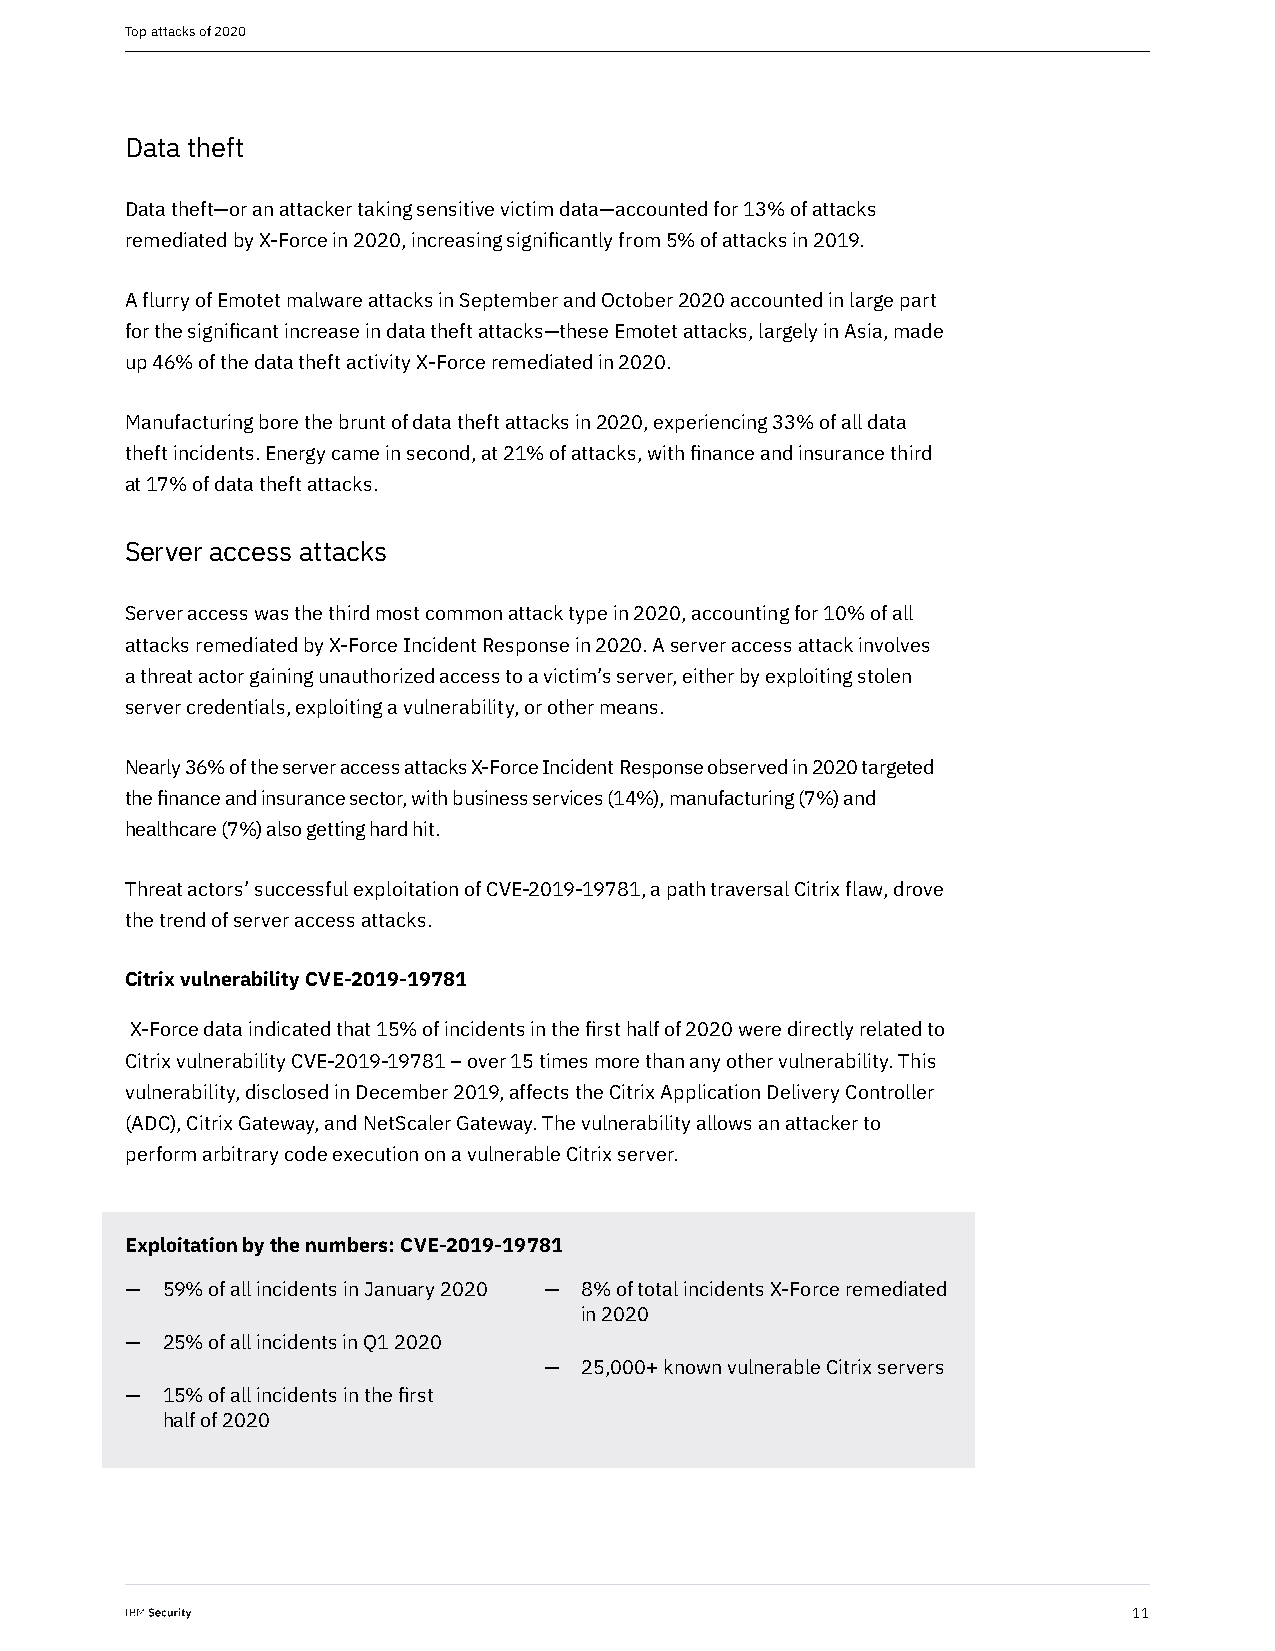
Top attacks of 2020
 Data theft
 Data theft—or an attacker taking sensitive victim data—accounted for 13% of attacks
 remediated by X-Force in 2020, increasing significantly from 5% of attacks in 2019.
 A flurry of Emotet malware attacks in September and October 2020 accounted in large part
 for the significant increase in data theft attacks—these Emotet attacks, largely in Asia, made
 up 46% of the data theft activity X-Force remediated in 2020.
 Manufacturing bore the brunt of data theft attacks in 2020, experiencing 33% of all data
 theft incidents. Energy came in second, at 21% of attacks, with finance and insurance third
 at 17% of data theft attacks.
 Server access attacks
 Server access was the third most common attack type in 2020, accounting for 10% of all
 attacks remediated by X-Force Incident Response in 2020. A server access attack involves
 a threat actor gaining unauthorized access to a victim’s server, either by exploiting stolen
 server credentials, exploiting a vulnerability, or other means.
 Nearly 36% of the server access attacks X-Force Incident Response observed in 2020 targeted
 the finance and insurance sector, with business services (14%), manufacturing (7%) and
 healthcare (7%) also getting hard hit.
 Threat actors’ successful exploitation of CVE-2019-19781, a path traversal Citrix flaw, drove
 the trend of server access attacks.
 Citrix vulnerability CVE-2019-19781
 X-Force data indicated that 15% of incidents in the first half of 2020 were directly related to
 Citrix vulnerability CVE-2019-19781 – over 15 times more than any other vulnerability. This
 vulnerability, disclosed in December 2019, affects the Citrix Application Delivery Controller
 (ADC), Citrix Gateway, and NetScaler Gateway. The vulnerability allows an attacker to
 perform arbitrary code execution on a vulnerable Citrix server.
 Exploitation by the numbers: CVE-2019-19781
 —  59% of all incidents in January 2020 — 8% of total incidents X-Force remediated
 in 2020
 —  25% of all incidents in Q1 2020
 — 25,000+ known vulnerable Citrix servers
 —  15% of all incidents in the first
 half of 2020
 11